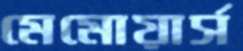
মেমোয়ার্স